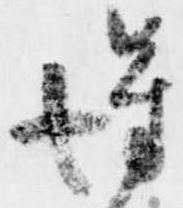
得